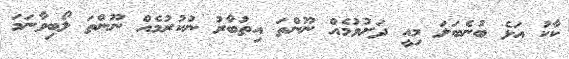
ކާކު އަޅެ ބުނެބަލަ މިއީ ދަށުވުމެއް ނޫންތަ އިތުބާރު ނުކުރުމެއް ނޫންތަ ލޯބިވާނަމަ